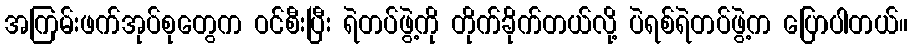
အကြမ်းဖက်အုပ်စုတွေက ဝင်စီးပြီး ရဲတပ်ဖွဲ့ကို တိုက်ခိုက်တယ်လို့ ပဲရစ်ရဲတပ်ဖွဲ့က ပြောပါတယ်။